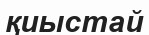
қиыстай